Bréfritari: Sigríður Pálsdóttir
Viðtakandi: Páll Pálsson
Dagsetning: A-1867-02-25
Skrifað á: Breiðabólsstað  Rang.
Páll var bróðir Sigríðar

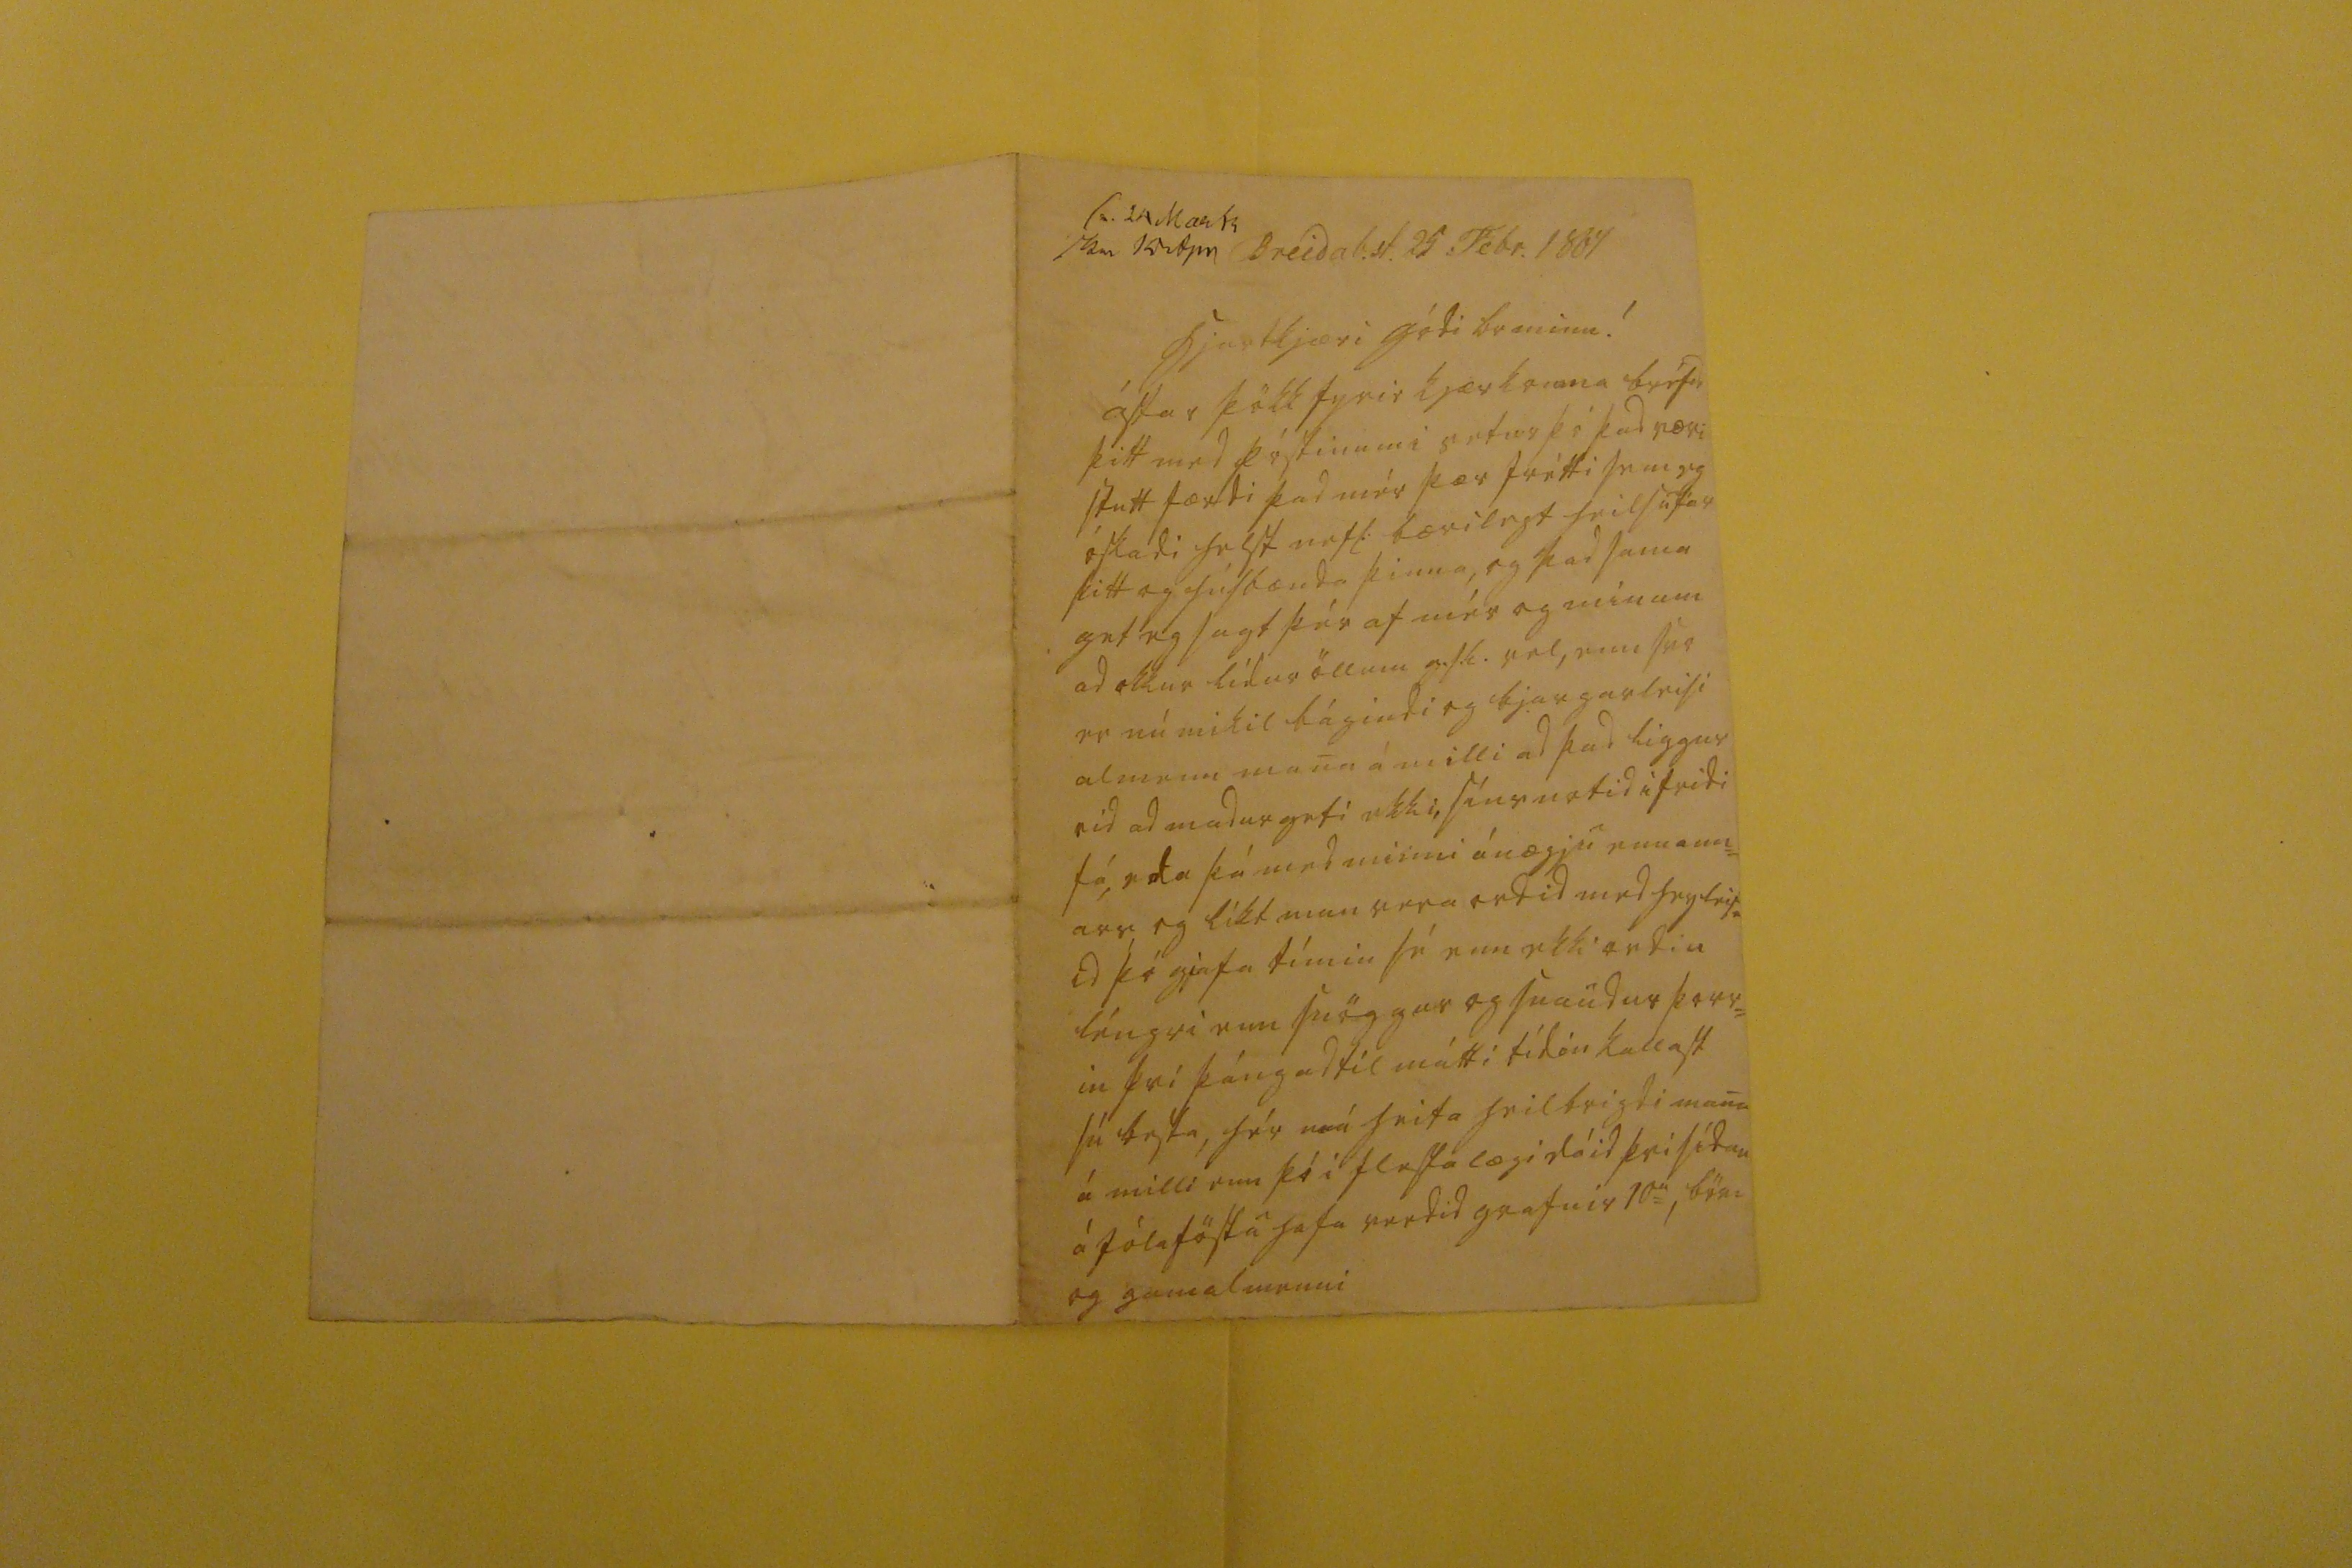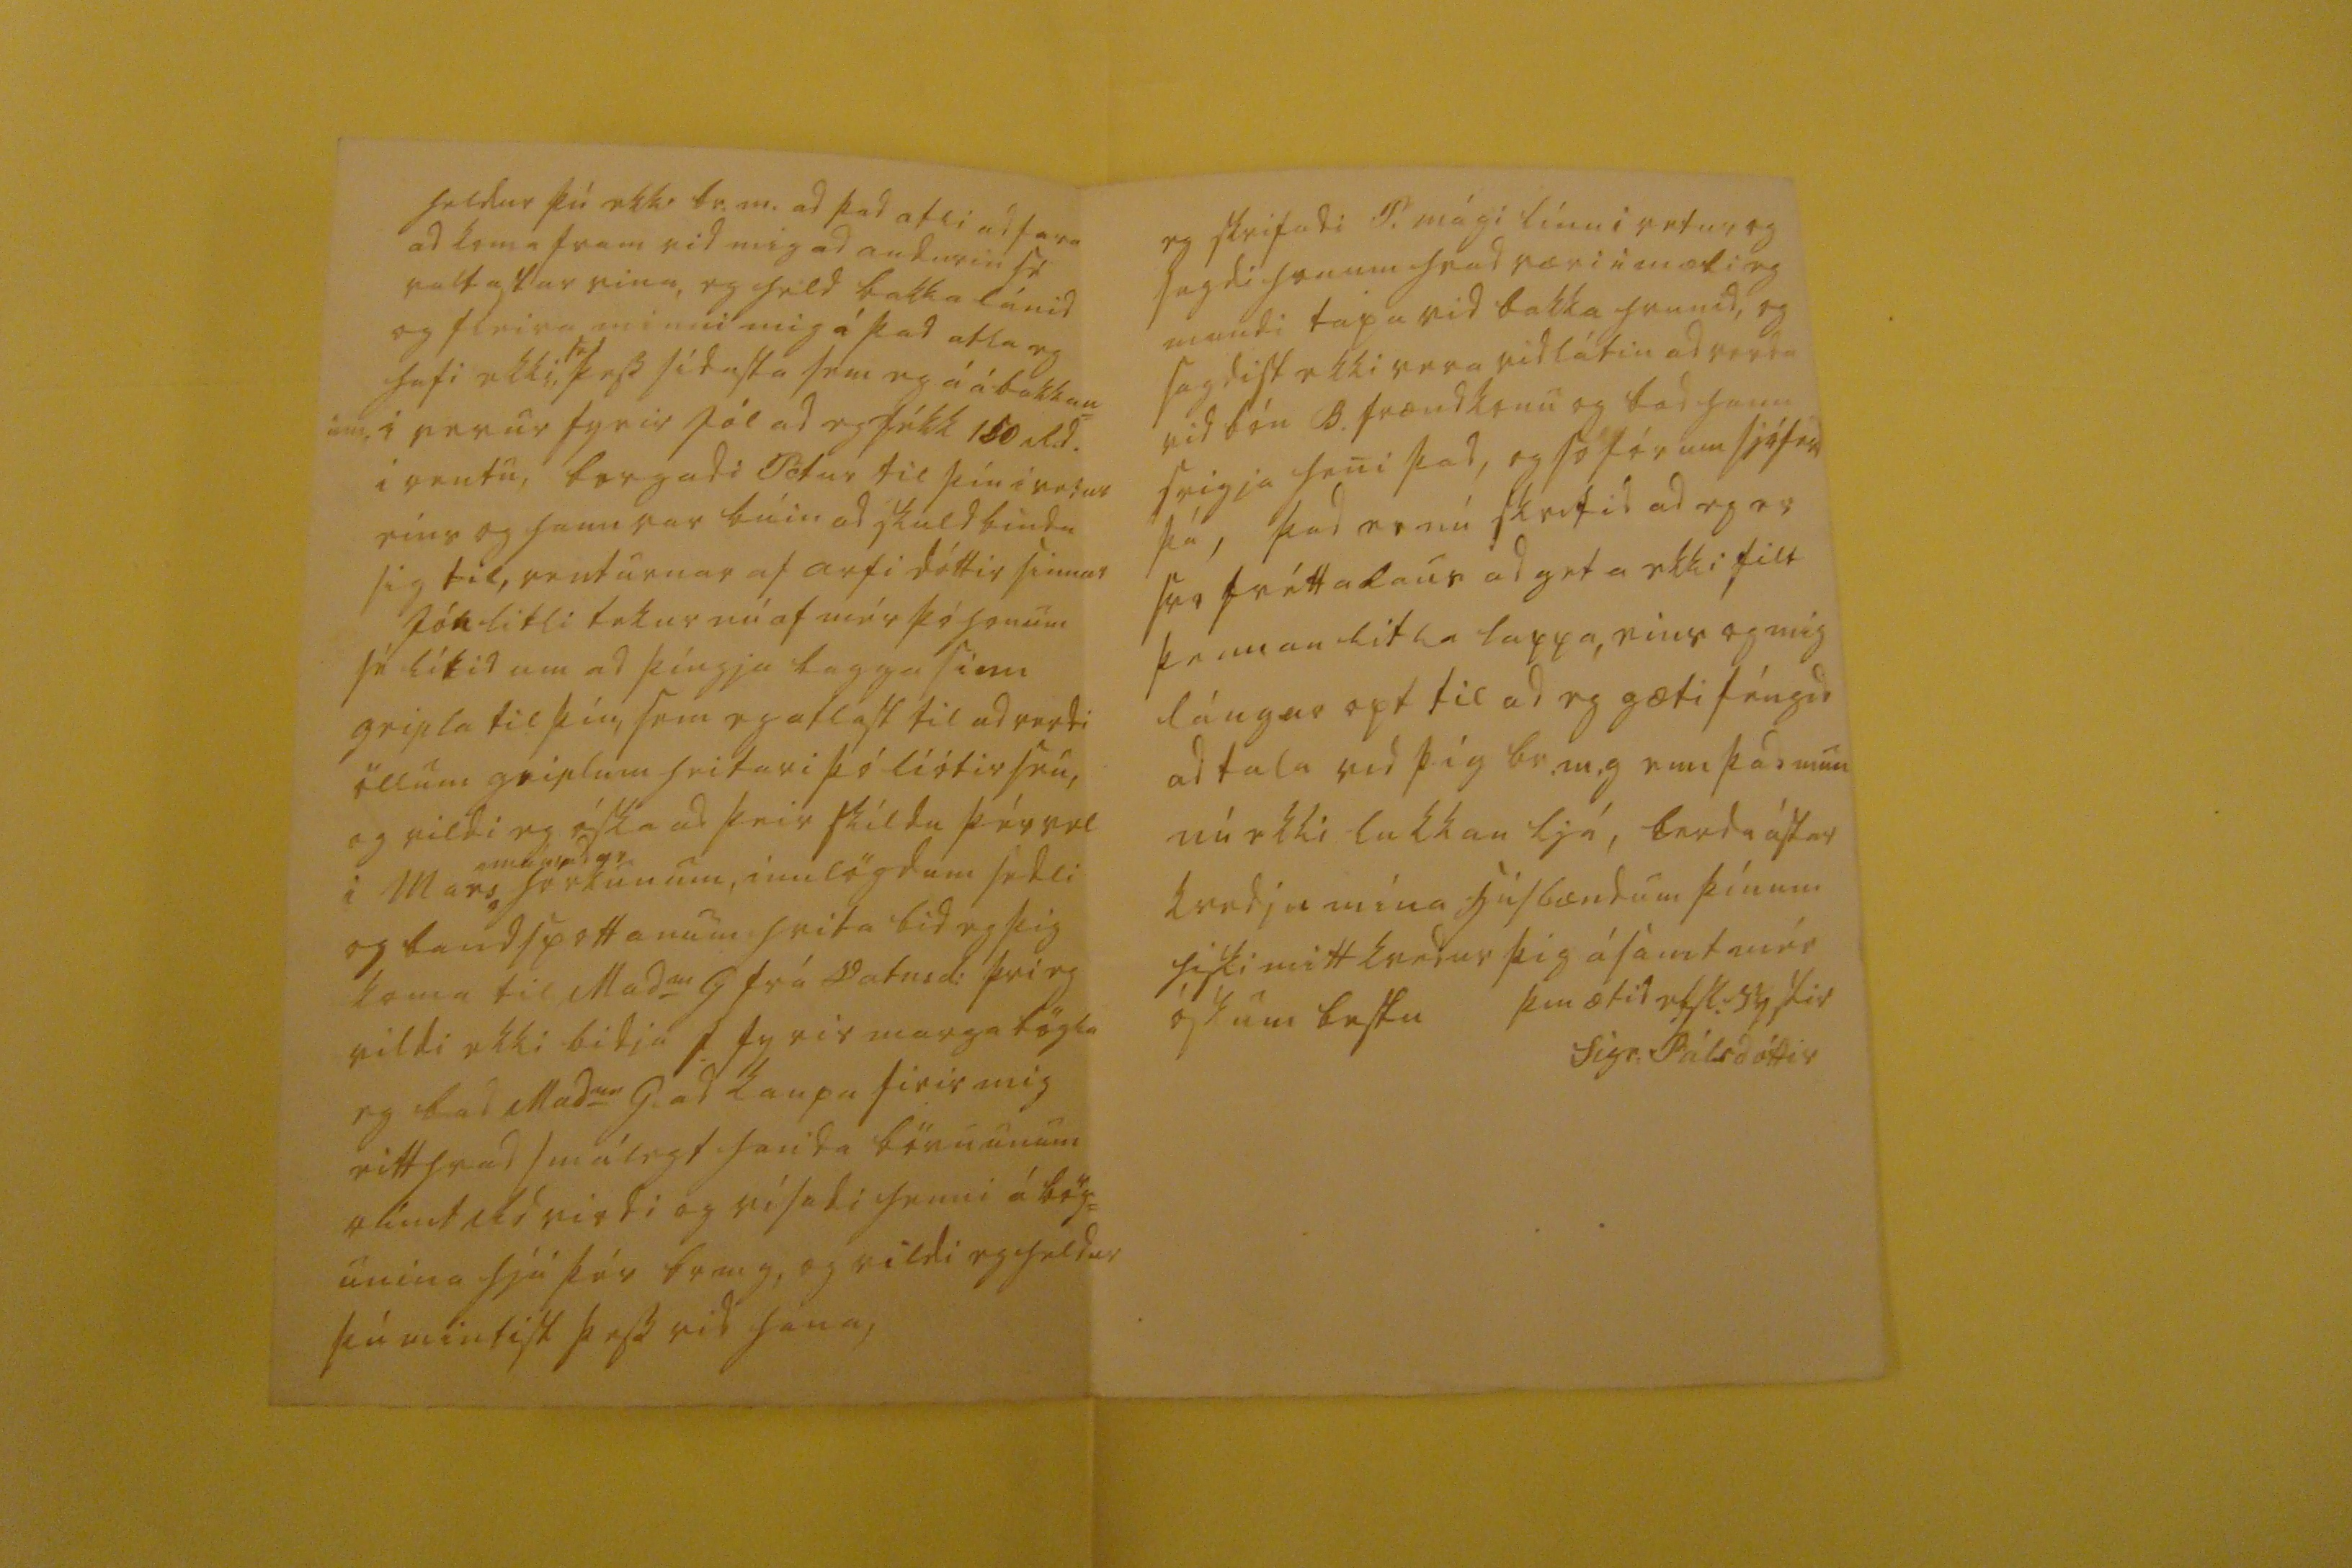

sv. Mar 64 skr 10 Apr
Breidab.st. 25 Febr. 1867
hiartkjæri gódi br minn!
ástar þökk fyrir kjærkomna bréfid þitt med póstinum i vetur þó þad væri stutt færdi þad mér þær frétti sem eg óskadi helst nefl: bærilegt heilsufar þitt og húsbænda þinna, og þad sama get eg sagt þér af mér og mínum ad okkur lídur öllum g.s.l. vel, enn svo er nú mikil bágindi og bjargarleisi almenn mana á milli ad þad liggur vid ad madur geti ekki, síns notid i fridi fá, eda þá med minni ánægju enn ann= ars, eg líkt mun vera ordid med hugleis= id þó gjafa tímin sé enn ekki ordin léngri enn snöggur og snaudur þorr= in þvi þángad til mátti tídin kallast sú besta, hér má heita heilbrigdi mana á milli enn þó i flesta lægi dáid þvi sídan á jólaföstu hafa verdid grafnir 10s
u
, börn og gamalmenni
heldur þú ekki br.m. ad þad atli ad fara ad koma fram vid mig ad audurin sé valtastur vina, eg held bakka lánid og fleira minni mig á þad atla eg hafi ekki,
sé
þess sídasta sem eg á á bakkan= um i verur fyrir jól ad eg fékk 150 R.d. i rentu, borgadi Pétur til þín i vetur eins og hann var búin ad skuldbinda sig til, renturnar af arfi dóttir sinnar Jón litli tekur nú af mér þó honum sé lítid um ad þíngja bagga sinn gripla til þín, sem eg atlast til ad verdi öllum griplum heitari þó liótir seu, og vildi eg óska ad þeir skildu þér vel i Mars
0000gr herkunum,
innlögdum sedli og bandspottanum hvita bid eg þig koma til Mad
m
G frá Vatnsd: þvi eg vildi ekki bidja S: fyrir marga bögla eg bad Mads
am
G. ad kaupa firir mig eitthvad smálegt handa börnunum
0ímt
R.d. virdi og vísadi henni á bög= unina hjá þér br m g, og vildi eg heldur þú mintist þess vid hana,
eg skrifadi P. mági línu i vetur og sagdi honum hvad væri i mæti eg mundi tapa vid bakka hrunid, og sagdist ekki vera vidlátin ad verda vid bón B. frændkonu og bad hann seigja heni þad, og so fór um sjóferd þá, þad er nú skritid ad eg er svo fréttalaus ad geta ekki filt þennan litla lappa, eins og mig lángar opt til ad eg gæti féngid ad tala vid þig br.m.g enn þad mun nú ekki lukkan ljá, berdu ástar kvedju mína húsbændum þínum hiski mitt kvedur þig ásamt mér óskum bestu
þin ætid elsk: systir
Sigr. Pálsdóttir